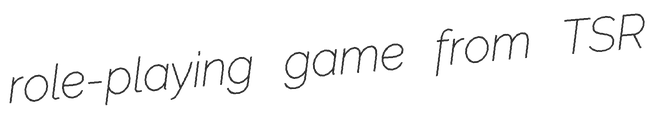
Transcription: role-playing game from TSR